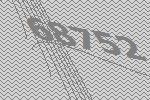
68752